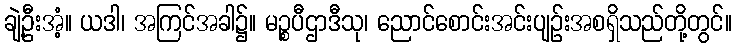
ချဲ့ဦးအံ့။ ယဒါ၊ အကြင်အခါ၌။ မဉ္စပီဌာဒီသု၊ ညောင်စောင်းအင်းပျဉ်းအစရှိသည်တို့တွင်။